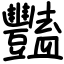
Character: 豔